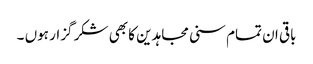
باقی ان تمام سنی مجاہدین کا بھی شکر گزار ہوں ۔